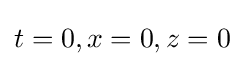
t=0,x=0,z=0